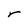
Character: r